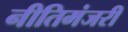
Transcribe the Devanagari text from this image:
नीतिमंजरी